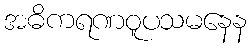
အဓိကရဏဝူပသမနေန